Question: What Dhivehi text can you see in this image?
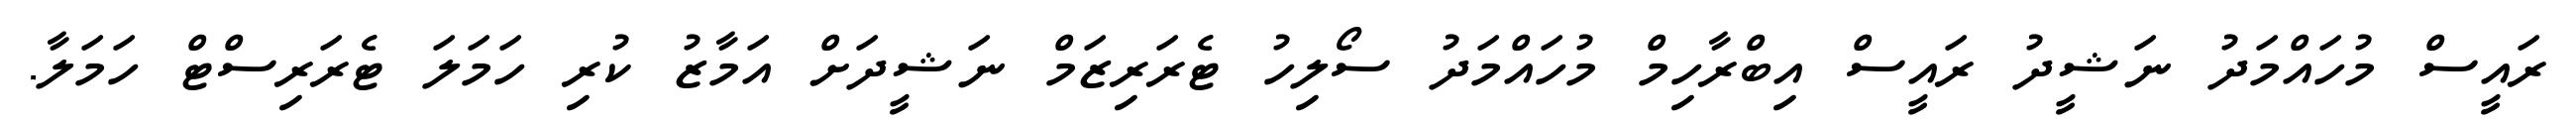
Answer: ރައީސް މުހައްމަދު ނަޝީދު ރައީސް އިބްރާހިމް މުހައްމަދު ސޯލިހު ޓެރަރިޒަމް ނަޝީދަށް އަމާޒު ކުރި ހަމަލަ ޓެރަރިސްޓް ހަމަލާ.